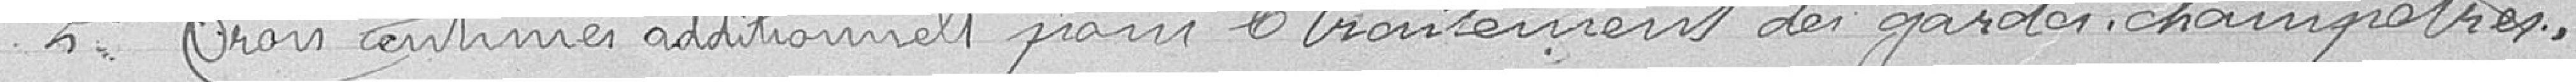
2° Trois centimes additionnels pour le traitement des gardes champêtres